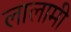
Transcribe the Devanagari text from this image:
लालामी